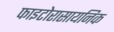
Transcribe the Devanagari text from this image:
फाइटोरासायनिक